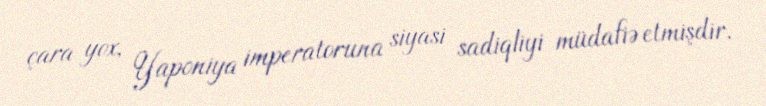
çara yox, Yaponiya imperatoruna siyasi sadiqliyi müdafiə etmişdir.